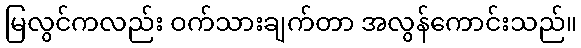
မြလွင်ကလည်း ဝက်သားချက်တာ အလွန်ကောင်းသည်။